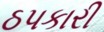
ઠપકારી